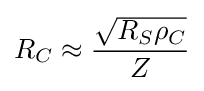
R_{C}\approx {\frac {\sqrt {R_{S}\rho _{C}}}{Z}}